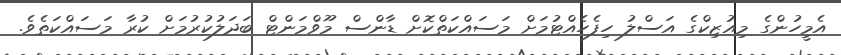
އެމީހުންގެ މިއުޒިކްގެ އަސްލު ހިފެހެއްޓުމަށް މަސައްކަތްކޮށް ޑާންސް މޫވްމަންޓް ބަދަލުކުރުމަށް ކުރާ މަސައްކަތެވެ.